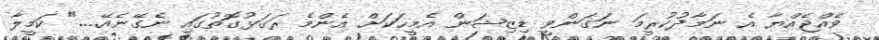
ވެއްޖެއްޔާ އެ ނަމާދުކުރީމަ ނަގަންވީ ޑިޒިޝަން އެމީހަކަށް އެންމެ ރަގަޅުގޮތުގައި ނެގޭނެއޭ...." ކަމީލާ